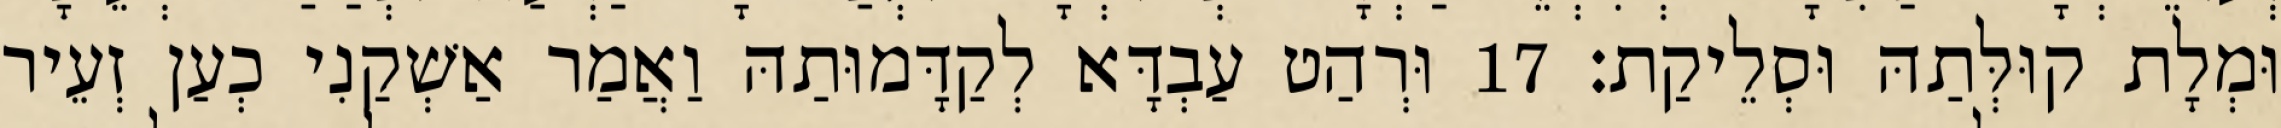
וּמְלָת קוּלְּתַהּ וּסְלֵיקַת׃ 17 וּרְהַט עַבְדָּא לְקַדָּמוּתַהּ וַאֲמַר אַשְׁקַנִי כְעַן זְעֵיר